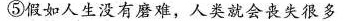
⑤假如人生没有磨难，人类就会丧失很多,